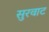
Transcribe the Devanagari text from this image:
सुरवाट